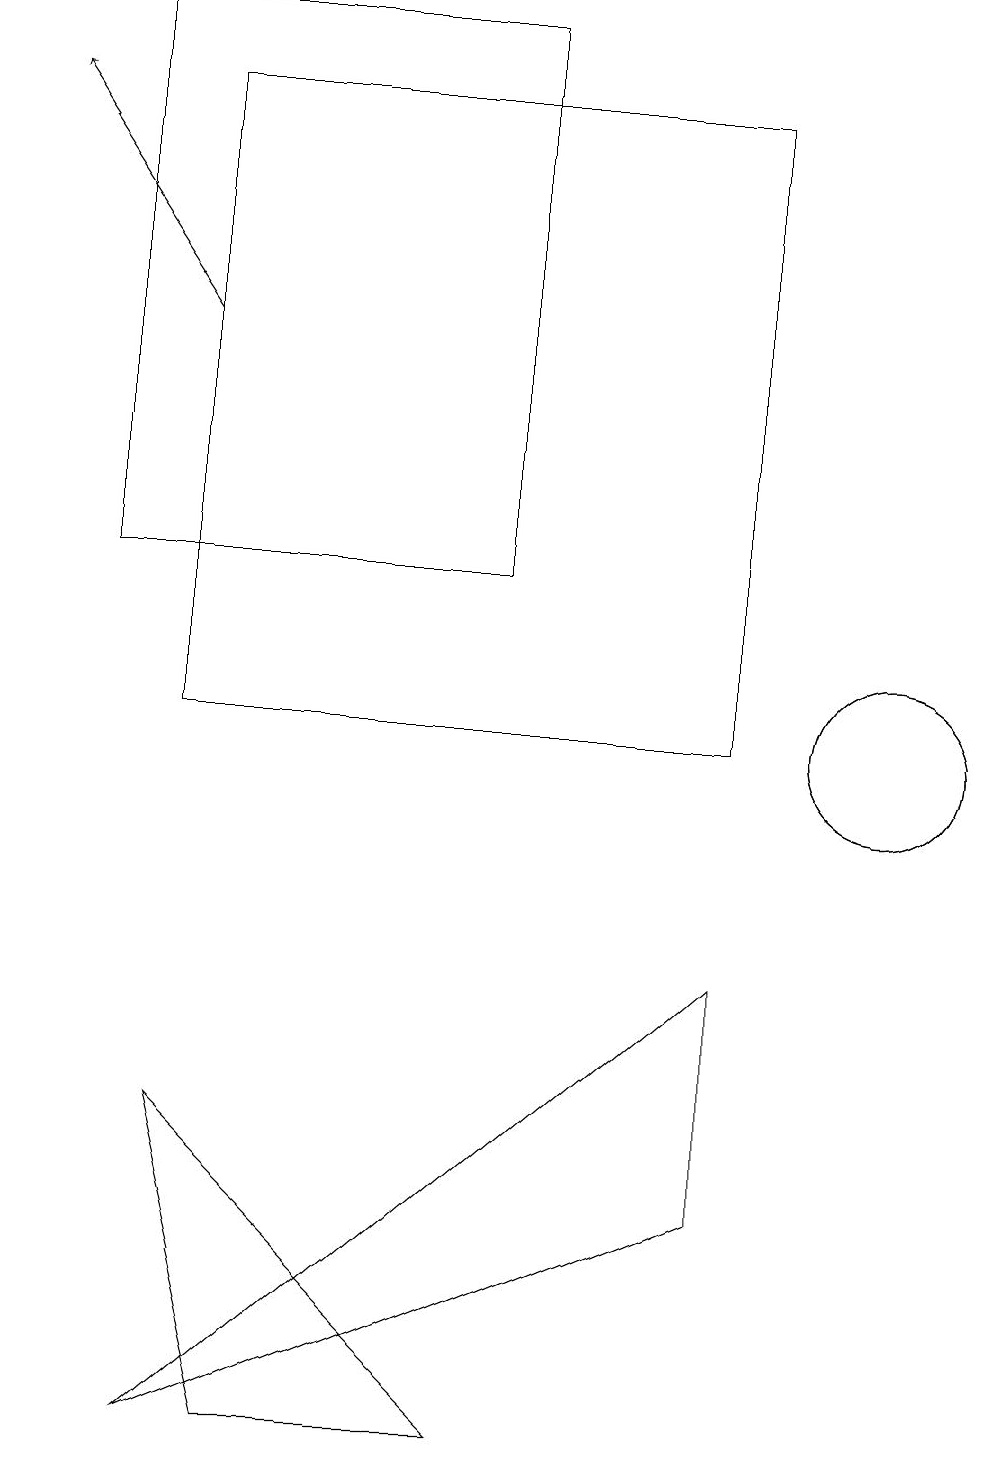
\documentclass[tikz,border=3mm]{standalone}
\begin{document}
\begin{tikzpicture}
\draw[->] (2,15) -- (0,18);
\draw (3,1) -- (2,5) -- (6,1) -- cycle;
\draw (2,1) -- (9,7) -- (9,4) -- cycle;
\draw (11,10) circle (1);
\draw (1,19) rectangle (6,12);
\draw (9,18) rectangle (2,10);
\draw (11,10) circle (1);
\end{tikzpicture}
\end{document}